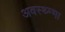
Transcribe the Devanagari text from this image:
अवस्थ्म्भा